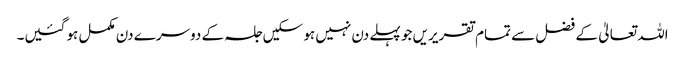
اللہ تعالیٰ کے فضل سے تمام تقریریں جو پہلے دن نہیں ہو سکیں جلسہ کے دوسرے دن مکمل ہو گئیں۔